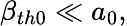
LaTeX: \beta_{th0}\ll a_{0},